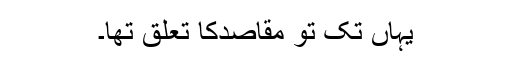
یہاں تک تو مقاصدکا تعلق تھا۔